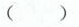
( )